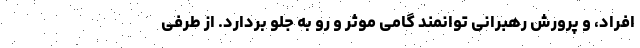
افراد، و پرورش رهبرانی توانمند گامی موثر و رو به جلو بردارد. از طرفی